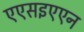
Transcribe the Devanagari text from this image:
एएसइएएन